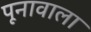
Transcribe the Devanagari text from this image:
पूनावाला